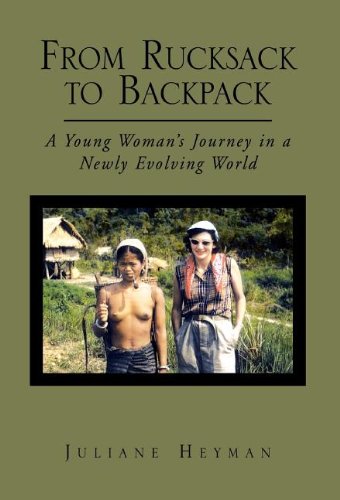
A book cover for From Rucksack To Backpack; Juliane Heyman; Travel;